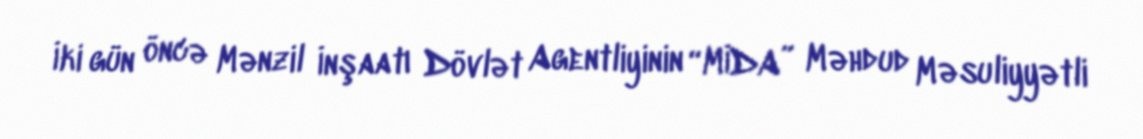
İki gün öncə Mənzil İnşaatı Dövlət Agentliyinin “MİDA” Məhdud Məsuliyyətli